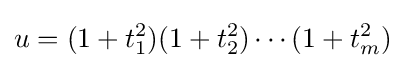
u=(1+t_{1}^{2})(1+t_{2}^{2})\cdots (1+t_{m}^{2})